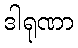
ဒါရုဏာ